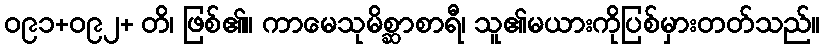
ဝ၉၁+ဝ၉၂+ တိ၊ ဖြစ်၏။ ကာမေသုမိစ္ဆာစာရီ၊ သူ၏မယားကိုပြစ်မှားတတ်သည်။